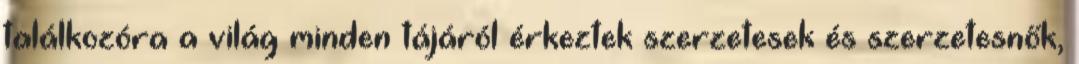
találkozóra a világ minden tájáról érkeztek szerzetesek és szerzetesnők,